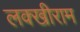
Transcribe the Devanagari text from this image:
लक्खीराम